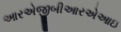
આરએજીબીઆરએઆઇ